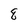
Character: 8